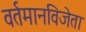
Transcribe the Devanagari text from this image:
वर्तमानविजेता